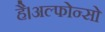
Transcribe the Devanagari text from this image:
है।अल्फोन्सो